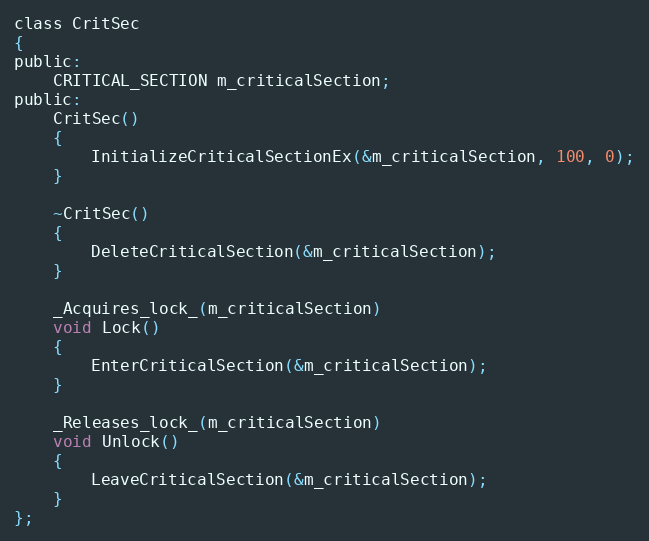
Language: C
class CritSec
{
public:
    CRITICAL_SECTION m_criticalSection;
public:
    CritSec()
    {
        InitializeCriticalSectionEx(&m_criticalSection, 100, 0);
    }

    ~CritSec()
    {
        DeleteCriticalSection(&m_criticalSection);
    }

    _Acquires_lock_(m_criticalSection)
    void Lock()
    {
        EnterCriticalSection(&m_criticalSection);
    }

    _Releases_lock_(m_criticalSection)
    void Unlock()
    {
        LeaveCriticalSection(&m_criticalSection);
    }
};